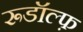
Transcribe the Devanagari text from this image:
रूडॉल्फ़